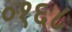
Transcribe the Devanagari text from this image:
०१६८